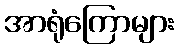
အာရုံကြောများ